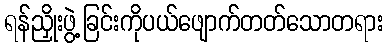
ရန်ညှိုးဖွဲ့ခြင်းကိုပယ်ဖျောက်တတ်သောတရား